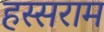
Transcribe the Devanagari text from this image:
हस्सराम